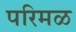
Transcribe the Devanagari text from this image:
परिमळ